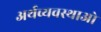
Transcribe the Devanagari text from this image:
अर्थव्यवस्थाओ